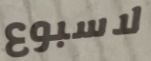
لاسبوع